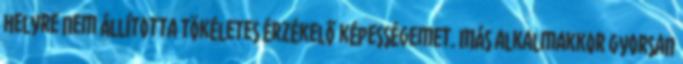
helyre nem állította tökéletes érzékelő képességemet. Más alkalmakkor gyorsan